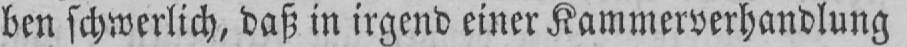
ben schwerlich, daß in irgend einer Kammerverhandlung